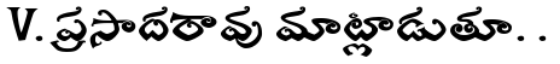
V. ప్రసాదరావు మాట్లాడుతూ. .